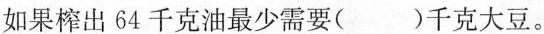
如果榨出64千克油最少需要（）千克大豆。